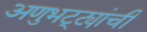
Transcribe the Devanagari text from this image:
अणुभट्ट्यांची